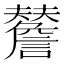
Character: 𧭃